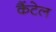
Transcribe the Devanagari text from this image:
कैंटेल